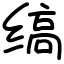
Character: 缟